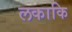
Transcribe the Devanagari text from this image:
लकाकि